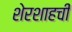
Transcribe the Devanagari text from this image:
शेरशाहची